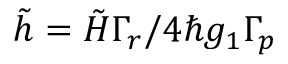
\tilde { h } = { \tilde { H } \Gamma _ { r } } / { 4 \hbar g _ { 1 } \Gamma _ { p } }